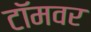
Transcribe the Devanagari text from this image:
टॉमवर